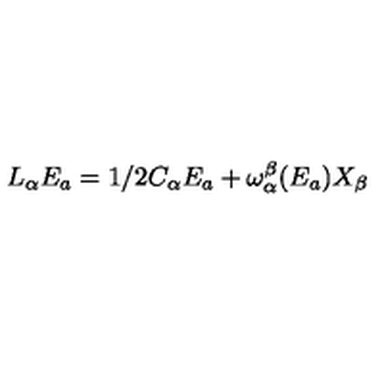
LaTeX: L _ { \alpha } E _ { a } = 1 / 2 C _ { \alpha } E _ { a } + { \omega _ { \alpha } ^ { \beta } } ( E _ { a } ) X _ { \beta }